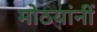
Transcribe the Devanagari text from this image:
मोठयांनीं